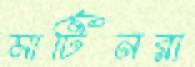
মার্টিনরা